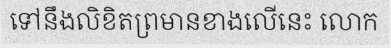
ទៅនឹងលិខិតព្រមានខាងលើនេះ លោក